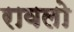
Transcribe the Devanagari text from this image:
रावलो